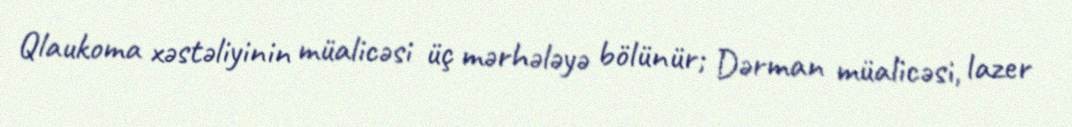
Qlaukoma xəstəliyinin müalicəsi üç mərhələyə bölünür; Dərman müalicəsi, lazer